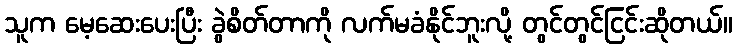
သူက မေ့ဆေးပေးပြီး ခွဲစိတ်တာကို လက်မခံနိုင်ဘူးလို့ တွင်တွင်ငြင်းဆိုတယ်။